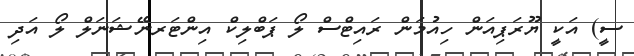
ސީ) އަކީ ޔޫރަޕިއަން ހިއުމަން ރައިޓްސް ލޯ ޕަބްލިކް އިންޓަރނޭޝަނަލް ލޯ އަދި